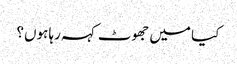
کیا میں جھوٹ کہہ رہا ہوں؟